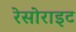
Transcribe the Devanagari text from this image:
रेसोराइट